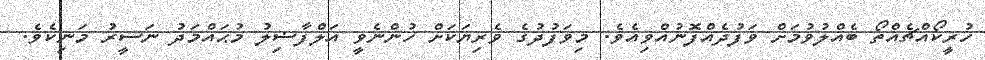
ހުރީކޯއްޗެއްތޯ ބެއްލުވުމަށް ވަފުދެއްފޮނުއްވިއެވެ. މިވަފުދުގެ ވެރިޔަކަށް ހުންނެވީ އަލްފާޟިލު މުޙައްމަދު ނަސީރު މަނިކެވެ.